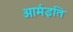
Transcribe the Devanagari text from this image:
आर्मइति